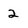
Character: 2